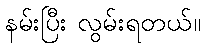
နမ်းပြီး လွမ်းရတယ်။